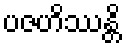
ပဇဟိဿန္တိ